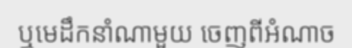
ឬមេដឹកនាំណាមួយ ចេញពីអំណាច